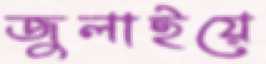
জুলাইয়ে